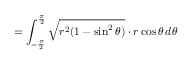
= \int _ { - { \frac { \pi } { 2 } } } ^ { \frac { \pi } { 2 } } { \sqrt { r ^ { 2 } ( 1 - \sin ^ { 2 } \theta ) } } \cdot r \cos \theta \, d \theta